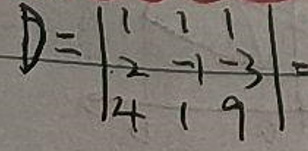
\[
D =
\begin{vmatrix}
1 & 1 & 1 \\
2 & -1 & -3 \\
4 & 1 & 9
\end{vmatrix}
\]